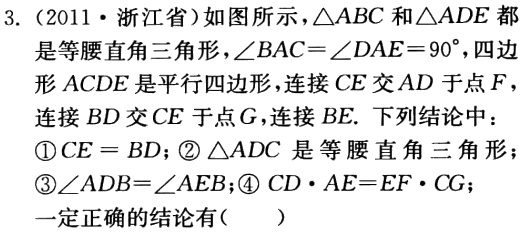
3.（2011·浙江省）如图所示，\(\triangle ABC\)和\(\triangle ADE\)都是等腰直角三角形，\(\angle BAC = \angle DAE=90^{\circ}\)，四边形\(ACDE\)是平行四边形，连接\(CE\)交\(AD\)于点\(F\)，连接\(BD\)交\(CE\)于点\(G\)，连接\(BE\). 下列结论中：
\textcircled{1}\(CE = BD\)；\textcircled{2}\(\triangle ADC\)是等腰直角三角形；\textcircled{3}\(\angle ADB=\angle AEB\)；\textcircled{4}\(CD\cdot AE = EF\cdot CG\)；
一定正确的结论有（  ）